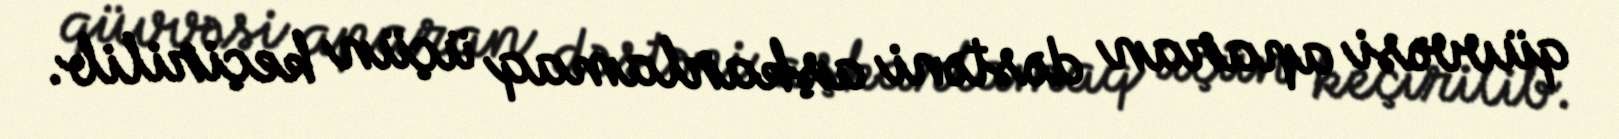
qüvvəsi aparan dəstəni aşkarlamaq üçün keçirilib.